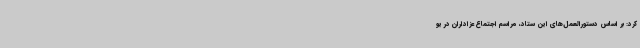
کرد: بر اساس دستورالعمل‌های این ستاد، مراسم اجتماع عزاداران در یو